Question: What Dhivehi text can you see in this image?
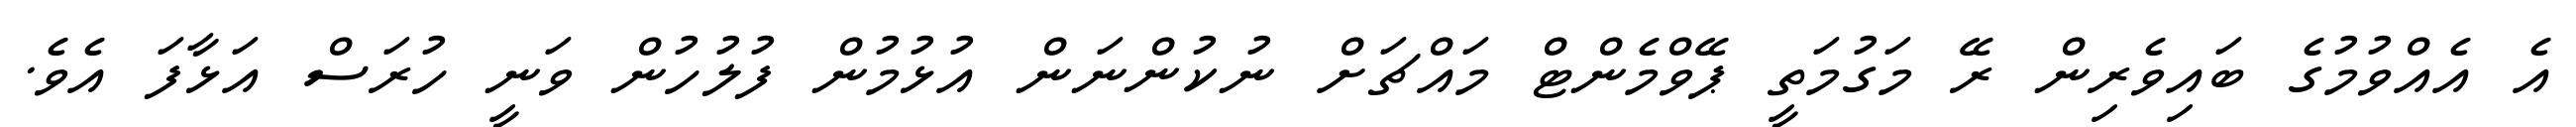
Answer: އެ އެއްވުމުގެ ބައިވެރިން ރޭ މަގުމަތީ ޕޭވްމެންޓް މައްޗަށް ނުކުންނަން އުޅުމުން ފުލުހުން ވަނީ ހުރަސް އަޅާފަ އެވެ.